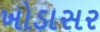
ખોડાસર